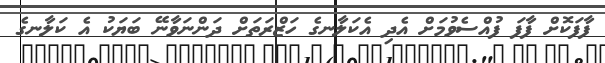
ފާފަކޮށް ފާފަ ފުއްސެވުމަށް އެދި އެކަލާނގެ ހަޒްރަތަށް ދަންނަވާނޭ ބަޔަކު އެ ކަލާނގެ